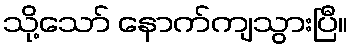
သို့သော် နောက်ကျသွားပြီ။